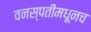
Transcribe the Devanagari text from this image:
वनस्पतींमधूनच